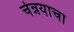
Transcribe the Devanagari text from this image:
चेन्नयाचा